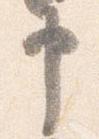
申